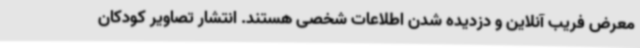
معرض فریب آنلاین و دزدیده شدن اطلاعات شخصی هستند. انتشار تصاویر کودکان